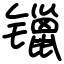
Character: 镴